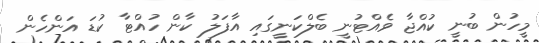
މީހުން ބުނީ ކުއްޖާ ވެއްޓުނީ ބެލްކަނީގައި އާފަލު ކާން ހުއްޓާ ކުޑަ އަންހެން